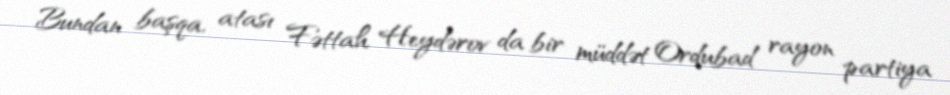
Bundan başqa, atası Fəttah Heydərov da bir müddət Ordubad rayon partiya